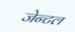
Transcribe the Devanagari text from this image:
जेन्टल